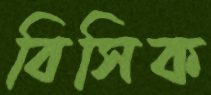
বিসিক